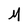
Character: M